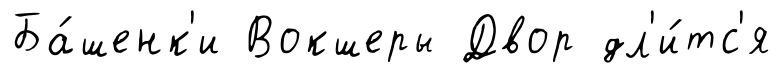
Ба́шенк'и Вокшеры Двор дл'и́тс'я